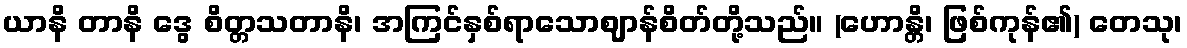
ယာနိ တာနိ ဒွေ စိတ္တသတာနိ၊ အကြင်နှစ်ရာသောဈာန်စိတ်တို့သည်။ (ဟောန္တိ၊ ဖြစ်ကုန်၏) တေသု၊